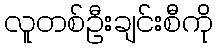
လူတစ်ဦးချင်းစီကို